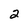
Character: 2